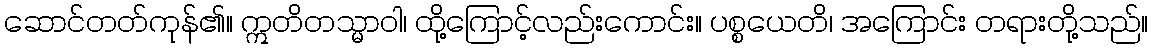
ဆောင်တတ်ကုန်၏။ ဣတိတသ္မာဝါ၊ ထို့ကြောင့်လည်းကောင်း။ ပစ္စယေတိ၊ အကြောင်း တရားတို့သည်။